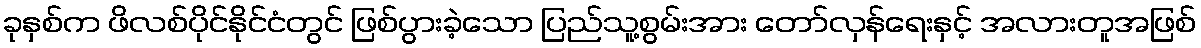
ခုနှစ်က ဖိလစ်ပိုင်နိုင်ငံတွင် ဖြစ်ပွားခဲ့သော ပြည်သူ့စွမ်းအား တော်လှန်ရေးနှင့် အလားတူအဖြစ်